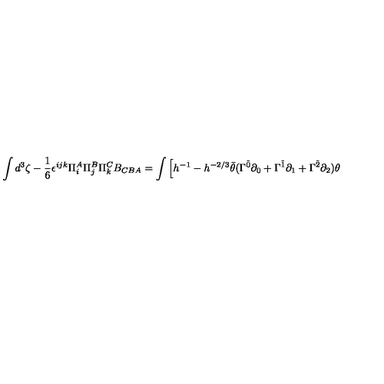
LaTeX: \int d ^ { 3 } \zeta - \frac { 1 } { 6 } \epsilon ^ { i j k } \Pi _ { i } ^ { A } \Pi _ { j } ^ { B } \Pi _ { k } ^ { C } B _ { C B A } = \int \Big [ h ^ { - 1 } - h ^ { - 2 / 3 } \bar { \theta } ( \Gamma ^ { \tilde { 0 } } \partial _ { 0 } + \Gamma ^ { \tilde { 1 } } \partial _ { 1 } + \Gamma ^ { \tilde { 2 } } \partial _ { 2 } ) \theta